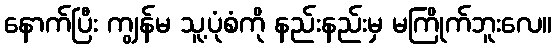
နောက်ပြီး ကျွန်မ သူ့ပုံစံကို နည်းနည်းမှ မကြိုက်ဘူးလေ။